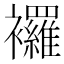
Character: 𧟌